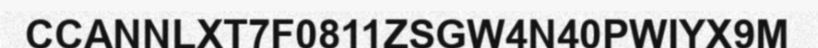
CCANNLXT7F0811ZSGW4N40PWIYX9M